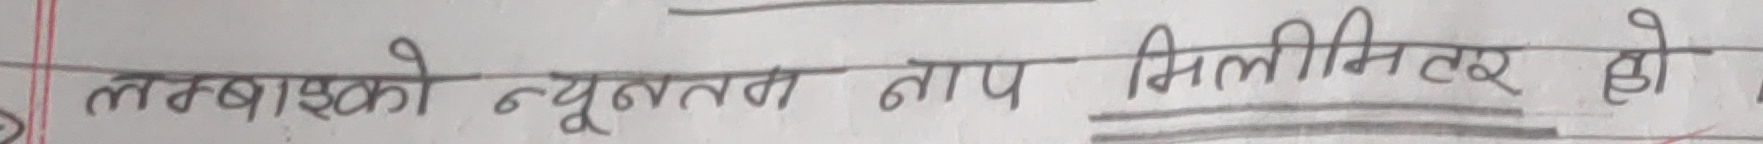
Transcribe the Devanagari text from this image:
लम्बाइको न्यूनतम नाप मिलिमिटर हो